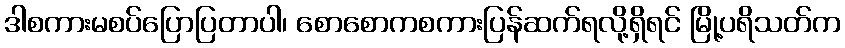
ဒါစကားမစပ်ပြောပြတာပါ၊ စောစောကစကားပြန်ဆက်ရလို့ရှိရင် မြို့ပရိသတ်က